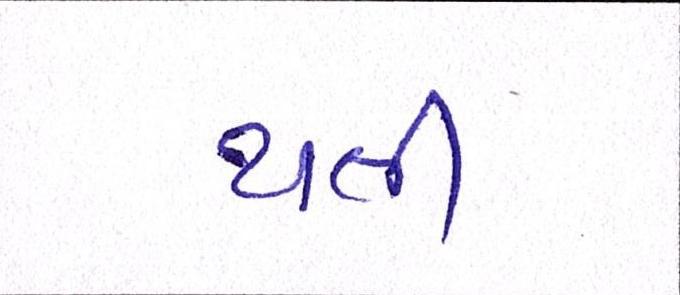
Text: થતી